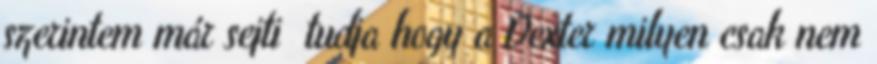
szerintem már sejti tudja hogy a Dexter milyen csak nem